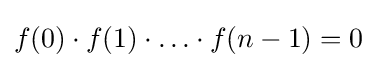
f(0)\cdot f(1)\cdot \ldots \cdot f(n-1)=0